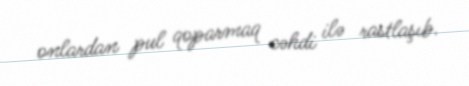
onlardan pul qoparmaq cəhdi ilə rastlaşıb.